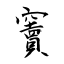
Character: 竇